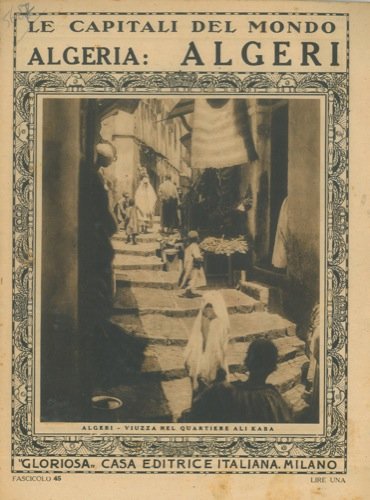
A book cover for Algeria : Algeri. Le capitali del mondo, n. 45.; N.A. -; Travel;